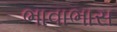
ભાવાભાસ